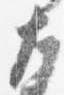
左